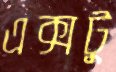
এক্সটু